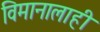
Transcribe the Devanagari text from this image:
विमानालाही